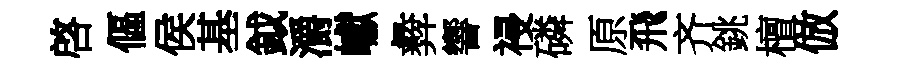
啓傴侯基鉞灂巘彜響祲磷原飛齐銚檀倣